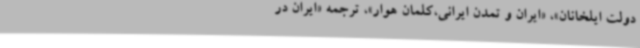
دولت ایلخانان»، «ایران و تمدن ایرانی،کلمان هوار»، ترجمه «ایران در